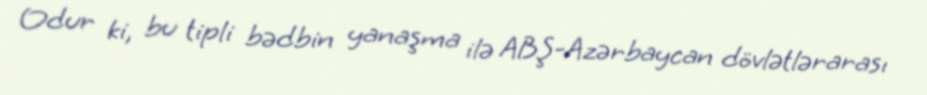
Odur ki, bu tipli bədbin yanaşma ilə ABŞ-Azərbaycan dövlətlərarası